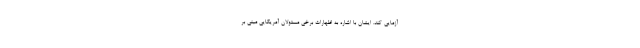
آزمایی کند. ایشان با اشاره به اظهارات برخی مسئولان آمریکایی مبنی بر